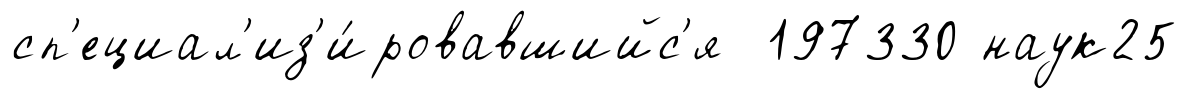
сп'ециал'из'и́ровавшийс'я 197330 наук25